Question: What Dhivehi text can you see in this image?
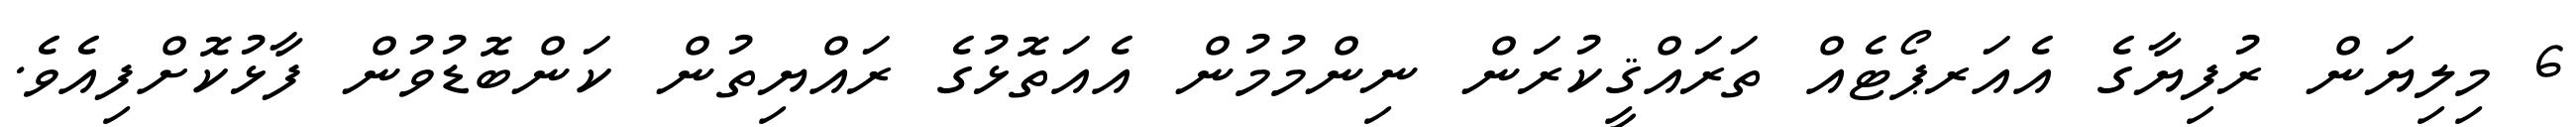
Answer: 6 މިލިޔަން ރުފިޔާގެ އެއަރޕޯޓެއް ތަރައްޤީކުރަން ނިންމުމުން އެއަތޮޅުގެ ރައްޔިތުން ކަންބޮޑުވުން ފާޅުކޮށްފިއެވެ.